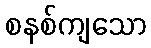
စနစ်ကျသော